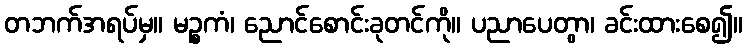
တဘက်အရပ်မှ။ မဉ္စကံ၊ ညောင်စောင်းခုတင်ကို။ ပညာပေတွာ၊ ခင်းထားစေ၍။